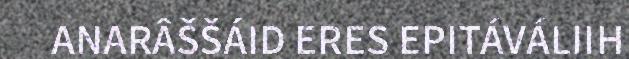
ANARÂŠŠÁID ERES EPITÁVÁLIIH